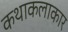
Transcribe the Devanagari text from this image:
कथाकलाकार